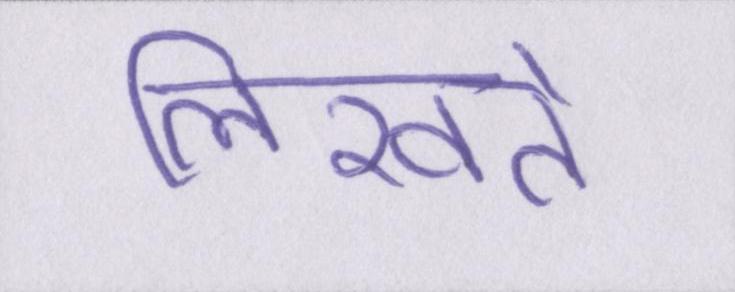
लिखते